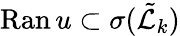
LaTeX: \mathrm{Ran}\, u\subset\sigma(\tilde{\mathcal{L}}_{k})